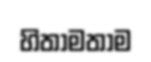
හිතාමතාම